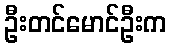
ဦးတင်မောင်ဦးက